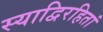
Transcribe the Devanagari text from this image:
स्याद्विरहितां